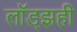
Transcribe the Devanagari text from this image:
लॉड्झही